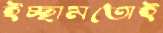
ইচ্ছামতোই